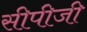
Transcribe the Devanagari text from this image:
सीपीजी